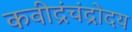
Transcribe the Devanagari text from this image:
कवीद्रंचंद्रोदय